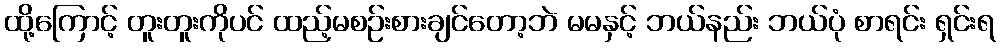
ထို့ကြောင့် တူးတူးကိုပင် ထည့်မစဉ်းစားချင်တော့ဘဲ မမနှင့် ဘယ်နည်း ဘယ်ပုံ စာရင်း ရှင်းရ